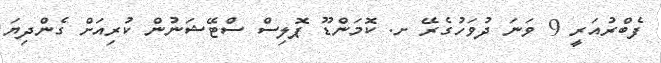
ފެބްރުއަރީ 9 ވަނަ ދުވަހުގެރޭ ށ. ކޮމަންޑޫ ޕޮލިސް ސްޓޭޝަނުން ކުރިއަށް ގެންދިޔަ